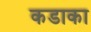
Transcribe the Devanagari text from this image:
कडाका